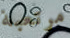
مرتعبة